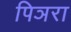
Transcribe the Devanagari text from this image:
पिञरा